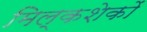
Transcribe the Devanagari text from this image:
मिल्कशेकों